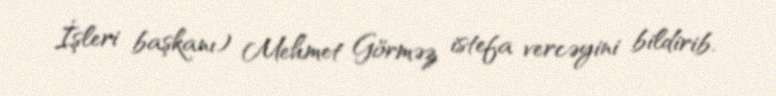
İşleri başkanı) Mehmet Görməz istefa vercəyini bildirib.